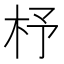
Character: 杼